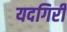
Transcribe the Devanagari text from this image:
यदगिरी